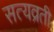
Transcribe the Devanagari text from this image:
सत्यव्रती